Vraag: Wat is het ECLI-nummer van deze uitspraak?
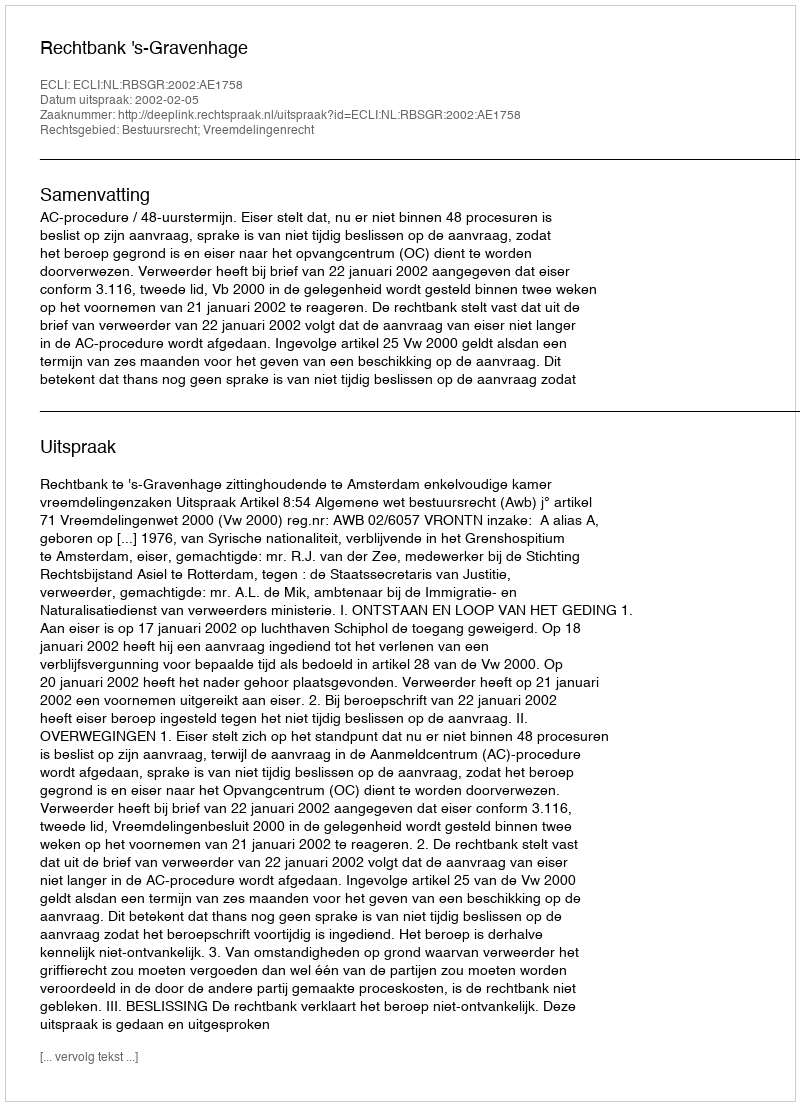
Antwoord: ECLI:NL:RBSGR:2002:AE1758